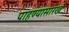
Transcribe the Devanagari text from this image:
पाहण्यासारखं